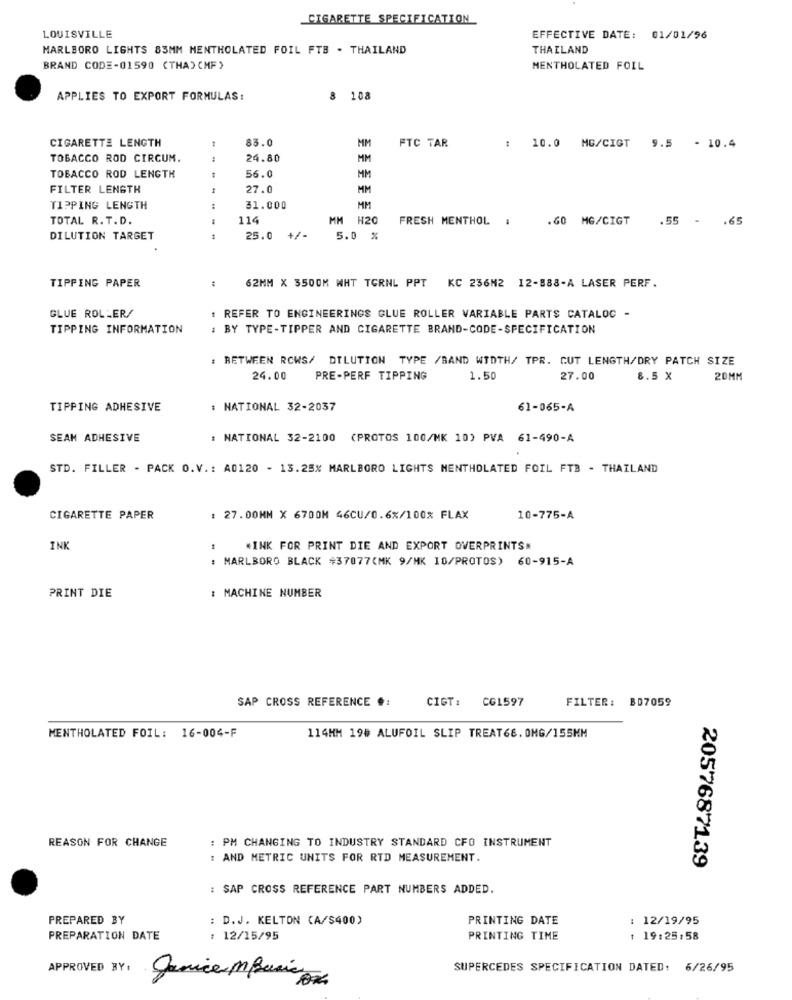
CIGARETTE SPECIFICATION
LOUISVILLE
EFFECTIVE DATE: 01/01/96
MARLBORO LIGHTS 83MM MENTHOLATED FOIL FTB . THAILAND
THAILAND
BRAND CODE-01590 (THA) CMF )
MENTHOLATED FOIL
APPLIES TO EXPORT FORMULAS:
3 108
CIGARETTE LENGTH
83.0
MM
FTC TAR
: 10.0 MG/CIGT
9.5 - 10.4
TOBACCO ROD CIRCUM.
24.80
MM
56.0
TOBACCO ROD LENGTH
MM
FILTER LENGTH
27.0
MM
TIPPING LENGTH
:
31.000
MM
TOTAL R. T. D.
114
MM H20
FRESH MENTHOL :
.60 MG/CIGT
.55
.65
DILUTION TARGET
44
25.0 +/-
5.0 %
TIPPING PAPER
62MM X 3500M WHT TORNL PPT KC 236M2 12-888-A LASER PERF.
GLUE ROLLER/
: REFER TO ENGINEERINGS GLUE ROLLER VARIABLE PARTS CATALOG -
TIPPING INFORMATION
: BY TYPE-TIPPER AND CIGARETTE BRAND-CODE-SPECIFICATION
BETWEEN ROWS/ DILUTION TYPE /BAND WIDTH/ TPR. CUT LENGTH/DRY PATCH SIZE
24.00
PRE-PERF TIPPING
1.50
27.00
8.5 X
20MM
TIPPING ADHESIVE
: NATIONAL 32-2037
61-065-A
SEAM ADHESIVE
: NATIONAL 32-2100 (PROTOS 100/MK 10) PVA 61-490-A
STD. FILLER - PACK O.V .: A0120 - 13.25% MARLBORO LIGHTS MENTHOLATED FOIL FTB - THAILAND
CIGARETTE PAPER
: 27.00MM X 6700M 46CU/0.6%/100% FLAX
10-775-A
INK
«INK FOR PRINT DIE AND EXPORT OVERPRINTS#
: MARLBORO BLACK 437077(MK 9/MK 10/PROTOS) 60-915-A
PRINT DIE
: MACHINE NUMBER
SAP CROSS REFERENCE #:
CIGT:
CG1597
FILTER: B07059
MENTHOLATED FOIL: 16-004-F
114MM 19# ALUFOIL SLIP TREAT66. OMG/155MM
REASON FOR CHANGE
: PM CHANGING TO INDUSTRY STANDARD CFO INSTRUMENT
: AND METRIC UNITS FOR RTD MEASUREMENT.
2057687139
: SAP CROSS REFERENCE PART NUMBERS ADDED.
PREPARED BY
: D.J. KELTON (A/S400)
PRINTING DATE
12/19/95
PREPARATION DATE
: 12/15/95
PRINTING TIME
1 19:25:58
APPROVED BY:
SUPERCEDES SPECIFICATION DATED: 6/26/95
Janice MBasic